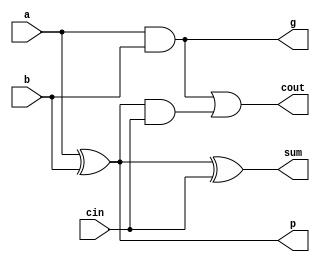
// ---------------------------------------------------------------------
//    Module:     1-bit Full Adder 
//    Contact:    hoser21@up.edu and schendel21@up.edu
// ---------------------------------------------------------------------

module full_adder (cout, sum, p, g, a, b, cin);

output cout, sum, p, g;
input a, b, cin;

wire p, g, p_prime;

xor a1 (sum, a, b, cin);
xor a2 (p, a, b);
and a3 (g, a, b);
and a4 (p_prime, p, cin);
or a5 (cout, g, p_prime);

endmodule